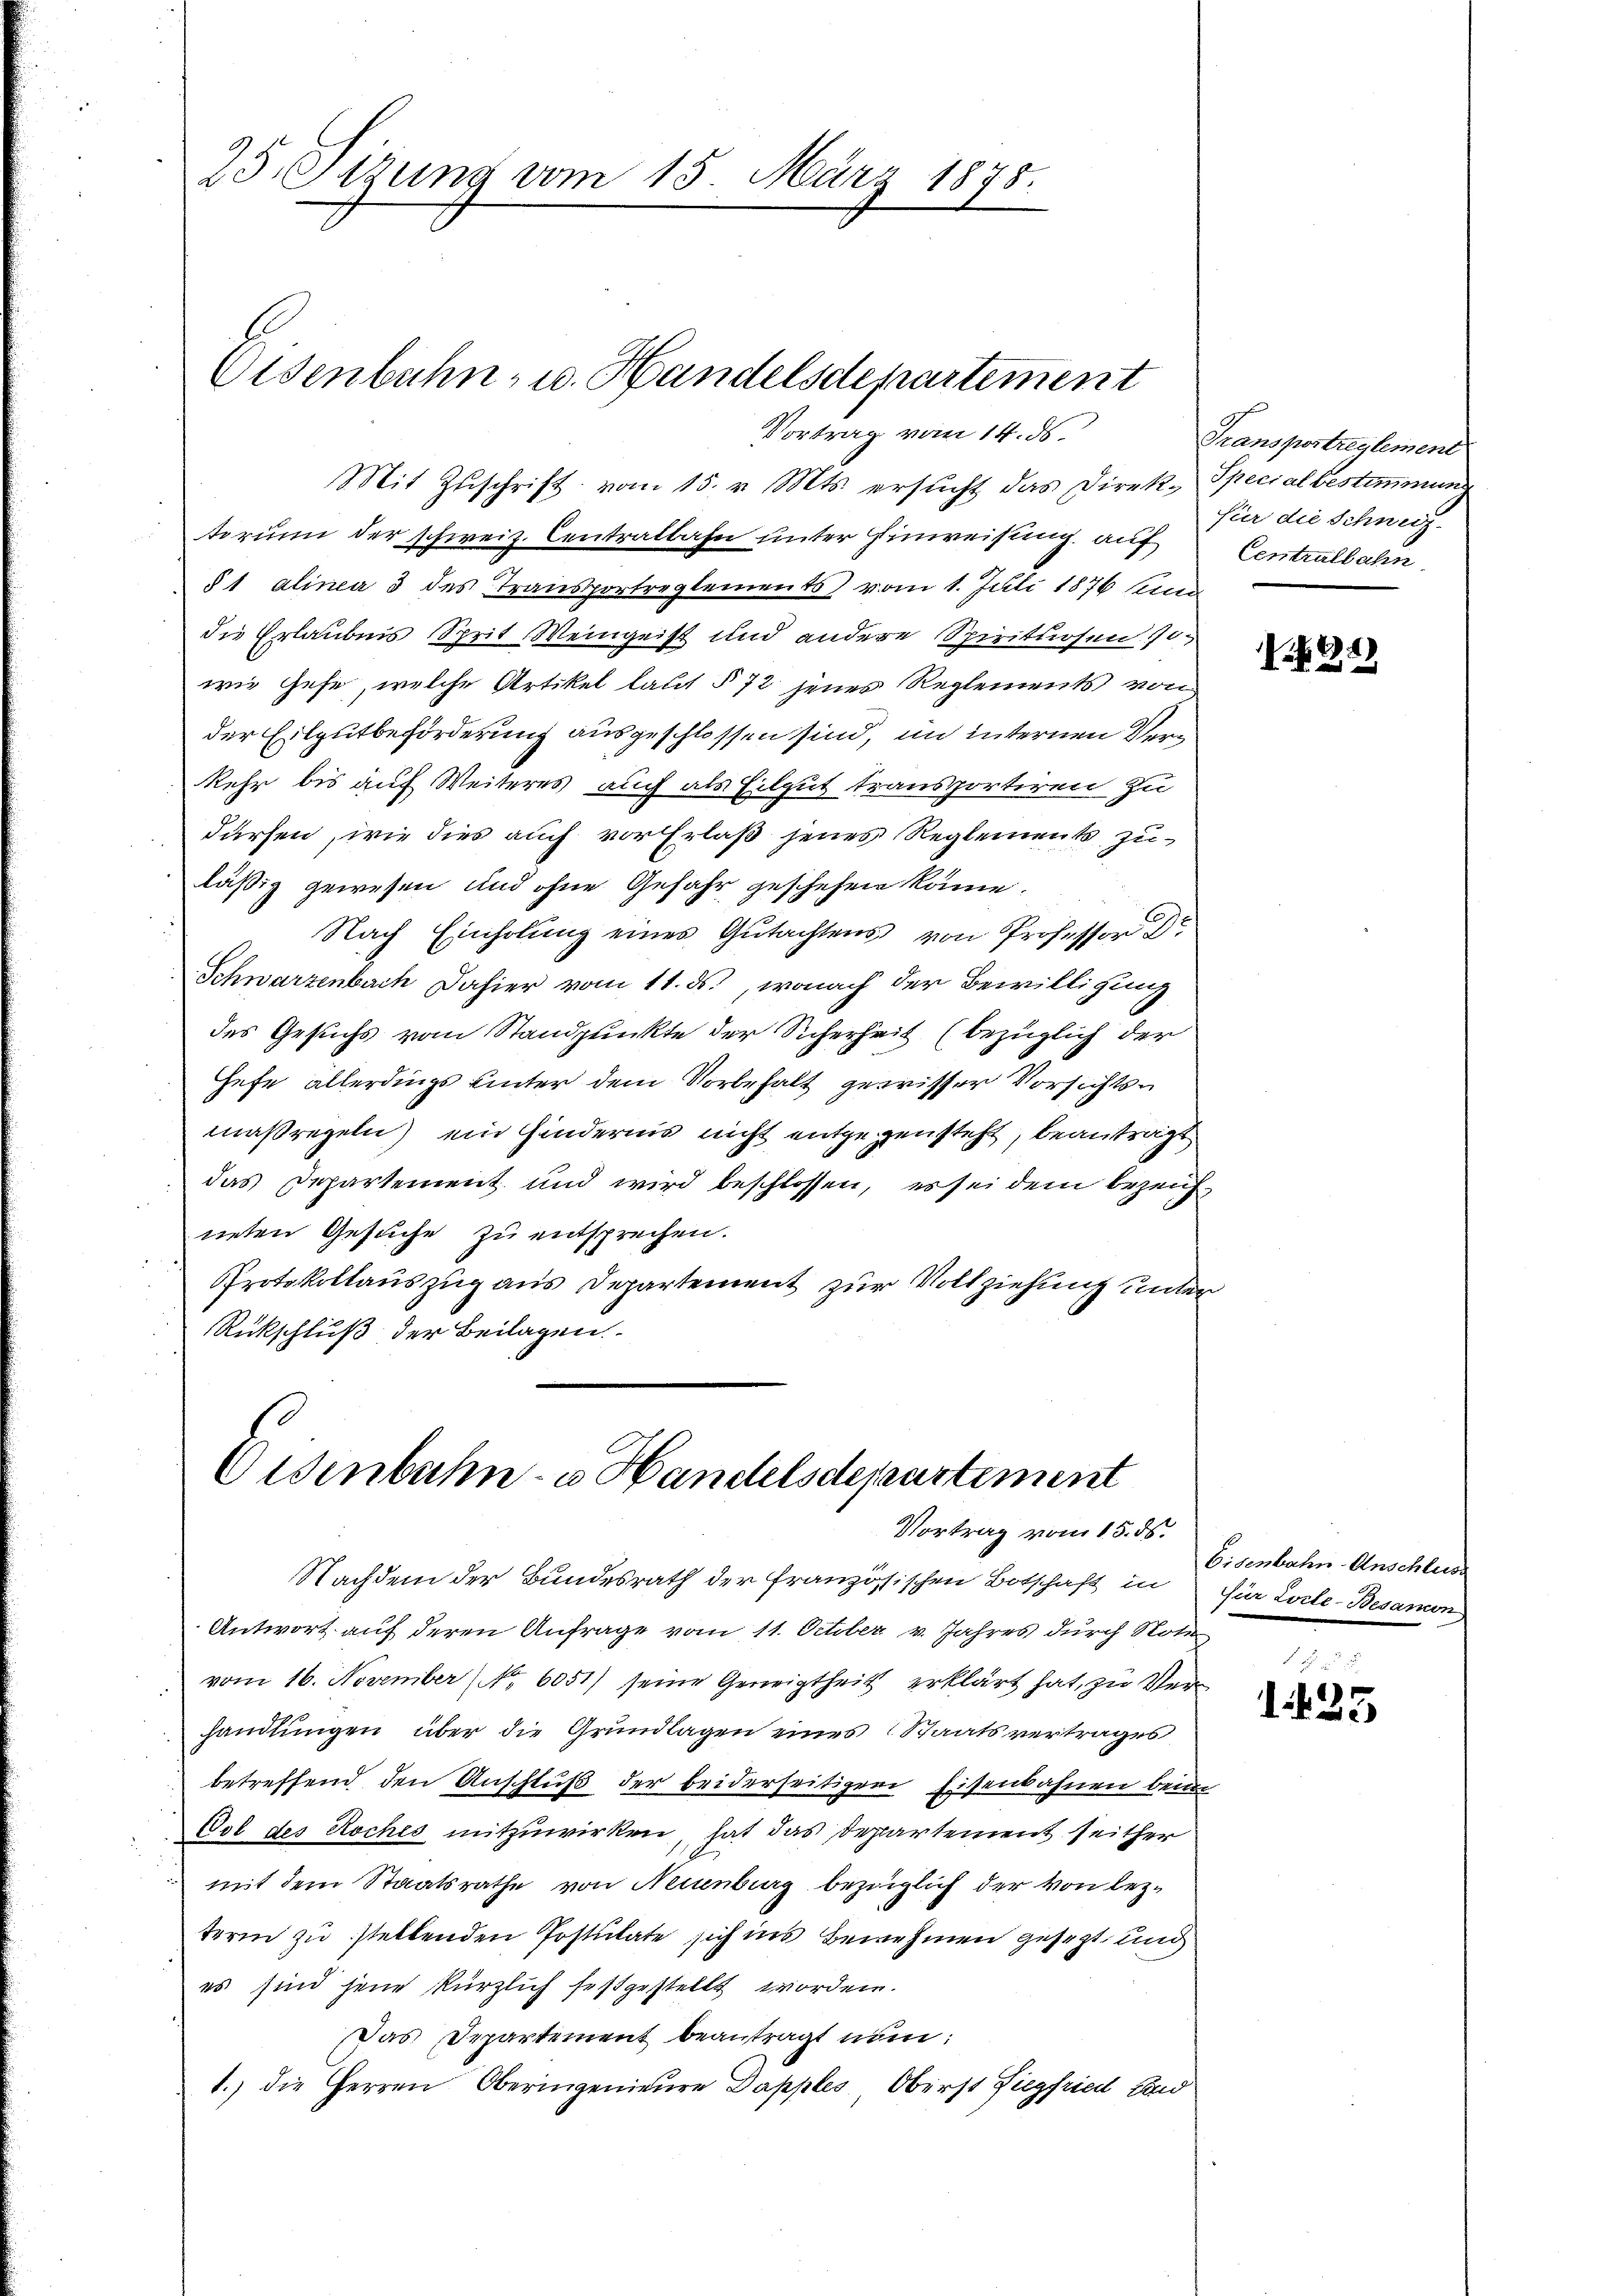
25 Otzung vom 15. März 1875.

Eisenbahn- u. Handelsdepartement
Vortrag vom 14. ds.

Mit Zŭschrift vom 15. v. Mts. ersŭcht das Direk-Specialbestimmung
torum der schweiz. Centralbahn unter Einweisung auf Centralbahn
§ 1 alinea 3 des Transportreglements vom 1. Juli 1876 und
die Erlaubnis Sprit Weingeist und andere Spirituosen 170
wie Gese, welche Artikel laut § 72 jenes Reglements von
der Eilgutbeförderung ausgeschlossen sind, im internen Verkehr bis auf Weiteres auch als Eilgut transportiren zu
dürfen, wie dies auch vor Erlaß jenes Reglements zuläßig gewesen und ohne Gefahr geschehen könne.
Nach Einholung eines Gutachtens von Professor
Schwarzenbach dahier vom 11. ds., wonach der Bewilligung
des Gesuchs vom Standpunkte der Sicherheit (bezüglich der
Hefe allerdings unter dem Vorbehalt gewisser Vorsichtsmaßregeln) ein Hindernis nicht entgegensteht, beanträgt
das Departement und wird beschlossen, es sei dem bezeichneten Gesuche zu entsprechen.
Protokollauszug aus Departement zur Vollziehung unter
Rückschluß der Beilagen.

Osenbahn- u. Handelsdepartement
Vortrag vom 15. ds.

Nachdem der Bundesrath der französischen Botschaft in für Loche-Besamen

Transportreglement
für die Schweiz.

Antwort auf deren Anfrage vom 11. October v. Jahres durch Note
vom 16. November (Nr. 6051) seine Geneigtheit erklärt hat, zu Verhandlungen über die Grundlagen eines Staatsvertrages
betreffend den Anschluß der beiderseitigen Eisenbahnen beim
Vol des Roches mitzuwirken, hat das Departement seither
mit dem Staatsrathe von Neuenburg bezüglich der von lezterm zu stellenden Postulate sich ins Benehmen gesezt und
es sind jene kürzlich festgestellt worden.
Das Departement beantragt nun:
1.) die Herren Oberingenieure Dapples Oberst Siegfried Land

248

Eisenbahn-Anschluss

e

e
1.425